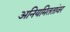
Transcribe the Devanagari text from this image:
अनियमिततांवर